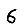
Digit: 6